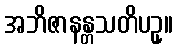
အဘိဇာနန္တသတိပဥှ။